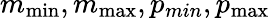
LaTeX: m_{\operatorname*{min}},m_{\operatorname*{max}},p_{min},p_{\operatorname*{max}}